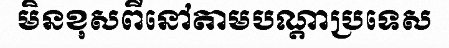
មិនខុសពីនៅតាមបណ្តាប្រទេស